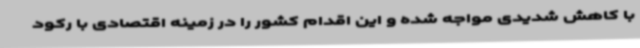
با کاهش شدیدی مواجه شده و این اقدام کشور را در زمینه اقتصادی با رکود